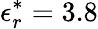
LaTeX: \epsilon_{r}^{*}=3.8